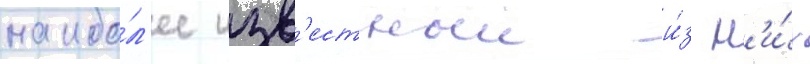
наибо́л'ее изв'естныи и́з н'и́х